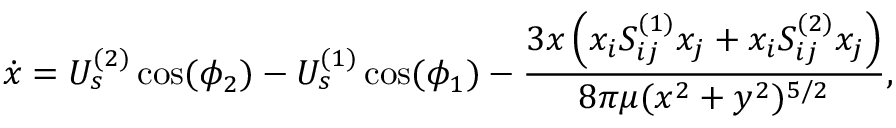
\dot { x } = U _ { s } ^ { ( 2 ) } \cos ( \phi _ { 2 } ) - U _ { s } ^ { ( 1 ) } \cos ( \phi _ { 1 } ) - \frac { 3 x \left( x _ { i } S _ { i j } ^ { ( 1 ) } x _ { j } + x _ { i } S _ { i j } ^ { ( 2 ) } x _ { j } \right) } { 8 \pi \mu ( x ^ { 2 } + y ^ { 2 } ) ^ { 5 / 2 } } ,